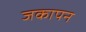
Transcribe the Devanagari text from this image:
जकापन